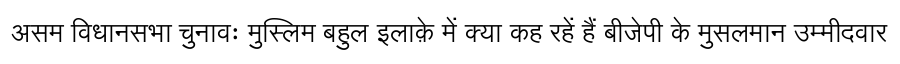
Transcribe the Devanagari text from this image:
असम विधानसभा चुनावः मुस्लिम बहुल इलाक़े में क्या कह रहें हैं बीजेपी के मुसलमान उम्मीदवार